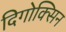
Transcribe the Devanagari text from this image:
दिगोक्सिन